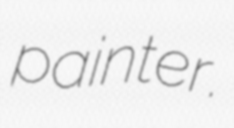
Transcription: painter.